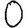
Digit: 0